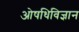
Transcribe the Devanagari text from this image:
ओषधिविज्ञान